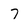
Character: 7